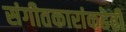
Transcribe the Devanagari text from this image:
संगीतकारांकडेही